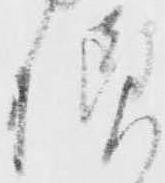
様